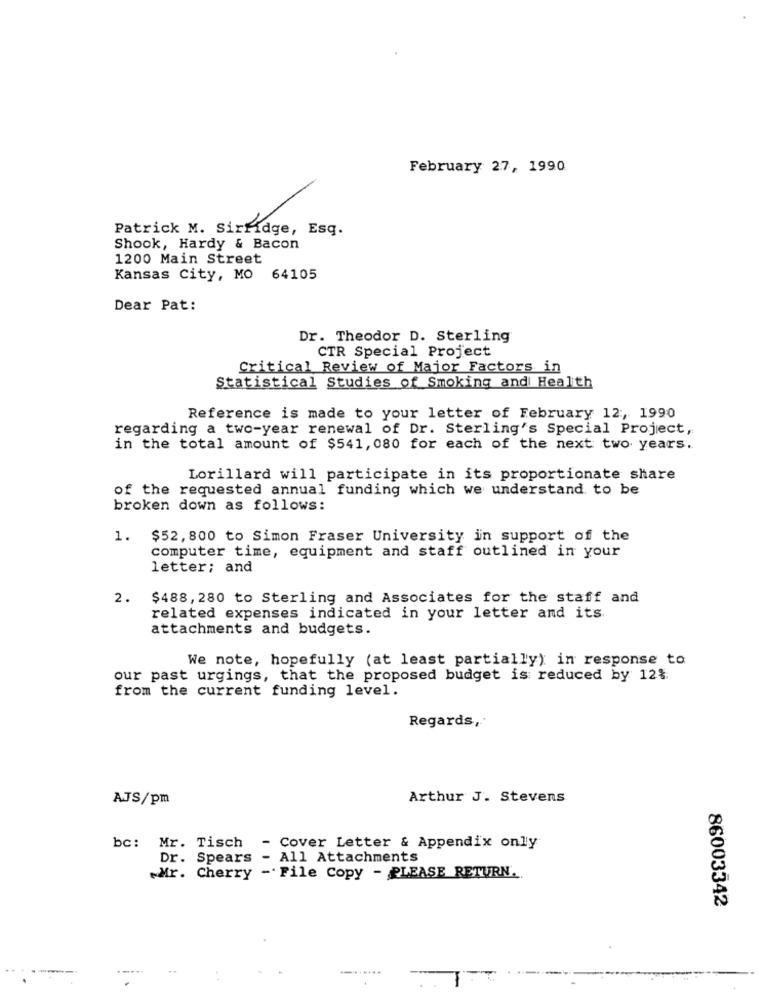
February 27, 1990
Patrick M. SirHdge, Esq.
Shook, Hardy & Bacon
1200 Main Street
Kansas City, MO
64105
Dear Pat:
Dr. Theodor D. Sterling
CTR Special Project
Critical Review of Major Factors in
Statistical Studies of Smoking and Health
Reference is made to your letter of February 12 :, 1990
regarding a two-year renewal of Dr. Sterling's Special Project,
in the total amount of $541, 080 for each of the next two years.
Lorillard will participate in its proportionate share
of the requested annual funding which we understand to be
broken down as follows:
1.
$52, 800 to Simon Fraser University in support of the
computer time, equipment and staff outlined in your
letter; and
2.
$488, 280 to Sterling and Associates for the staff and
related expenses indicated in your letter and its
attachments and budgets.
We note, hopefully (at least partially) in response to
our past urgings, that the proposed budget is reduced by 12%.
from the current funding level.
Regards,
AJS/pm
Arthur J. Stevens
bc: Mr. Tisch - Cover Letter & Appendix only
Dr. Spears - All Attachments
Mr. Cherry -File Copy - PLEASE RETURN.
86003342
..
. .